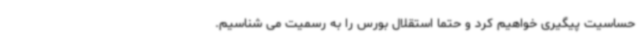
حساسیت پیگیری خواهیم کرد و حتما استقلال بورس را به رسمیت می شناسیم.